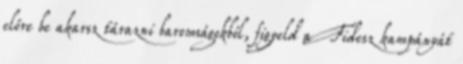
előre be akarsz tárazni baromsá­gokból, figyeld a Fidesz kampányát